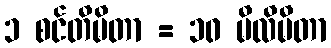
၁ စင်တီမီတာ = ၁၀ မီလီမီတာ